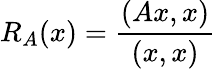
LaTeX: R_{A}(x)={\frac{(Ax,x)}{(x,x)}}